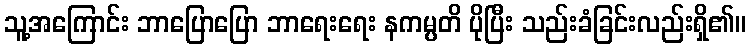
သူ့အကြောင်း ဘာပြောပြော ဘာရေးရေး နကမ္ပတိ ပိုပြီး သည်းခံခြင်းလည်းရှိ၏။